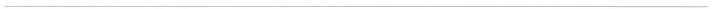
___